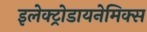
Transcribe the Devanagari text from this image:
इलेक्ट्रोडायनेमिक्स